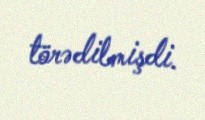
törədilmişdi.